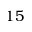
1 5